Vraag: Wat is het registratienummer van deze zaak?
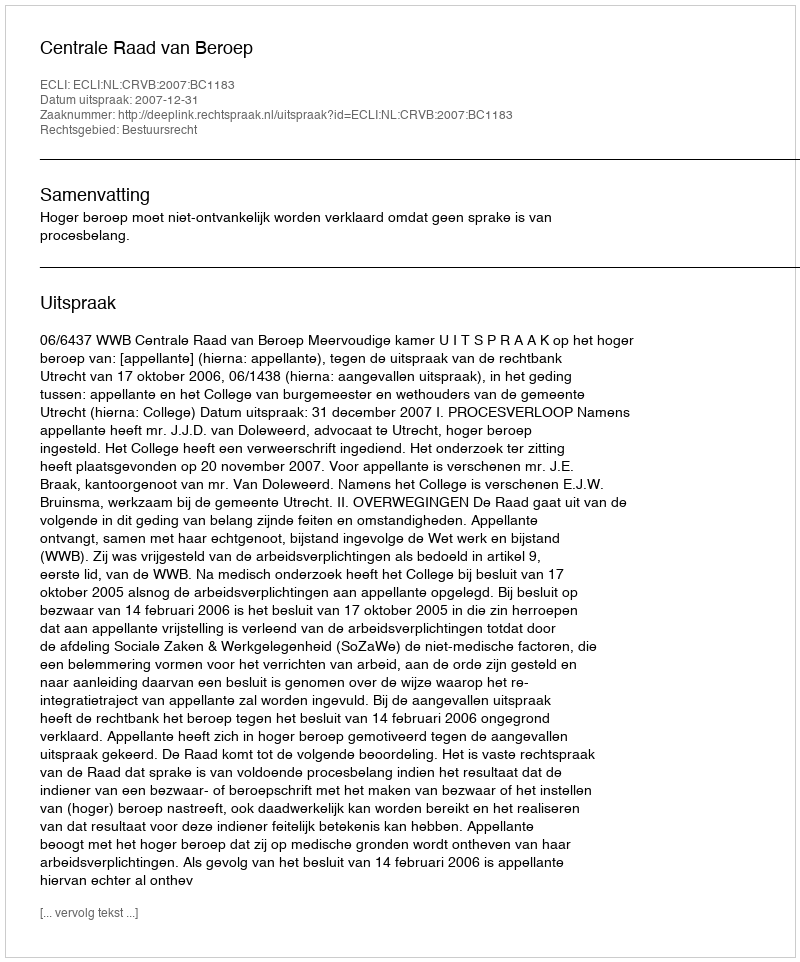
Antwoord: http://deeplink.rechtspraak.nl/uitspraak?id=ECLI:NL:CRVB:2007:BC1183